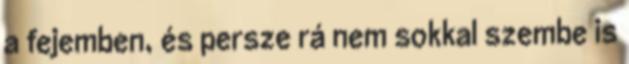
a fejemben, és persze rá nem sokkal szembe is